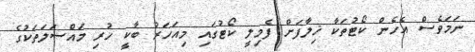
ނަމަވެސް އެހެން ކޯޓުތަކާ ޚިލާފަށް ފެމިލީ ކޯޓުގައި މިއަހަރު ބާކީ ހުރި މައްސަލަތަކުގެ